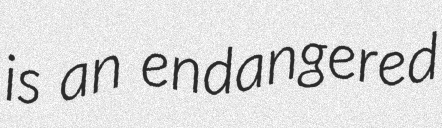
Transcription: is an endangered